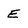
Character: E